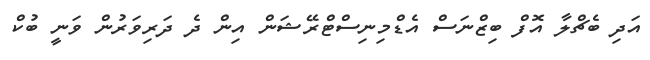
އަދި ބެޗްލާ އޮފް ބިޒްނަސް އެޑްމިނިސްޓްރޭޝަން އިން ދެ ދަރިވަރުން ވަނީ ބުކް